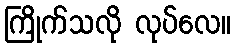
ကြိုက်သလို လုပ်လေ။